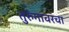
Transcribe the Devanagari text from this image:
तुरुंगावरचा